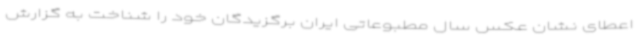
اعطای نشان عکس سال مطبوعاتی ایران برگزیدگان خود را شناخت به گزارش